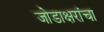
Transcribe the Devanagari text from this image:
जोडाक्षरांचा